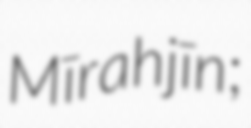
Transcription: Mīrahjīn;